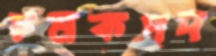
চমকপদ